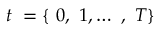
t ~ = \left\{ ~ 0 , ~ 1 , \ldots ~ , ~ T \right\}